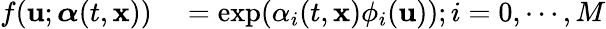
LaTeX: \begin{array}{rl}{f(\mathbf{u};\boldsymbol{\alpha}(t,\mathbf{x}))}&{{}=\exp(\alpha_{i}(t,\mathbf{x})\phi_{i}(\mathbf{u}));i=0,\cdots,M}\end{array}